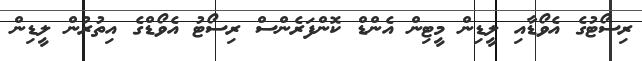
ރިސޯޓުގެ އެވޯޑާއި ލީޑިން މީޓިން އެންޑް ކޮންފަރެންސް ރިސޯޓު އެވޯޑްގެ އިތުރުން ލީޑިން